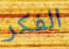
الفكر